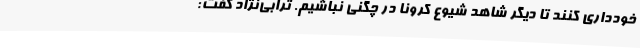
خودداری کنند تا دیگر شاهد شیوع کرونا در چگنی نباشیم. ترابی‌نژاد گفت: